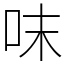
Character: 𠰌